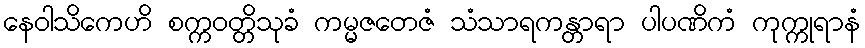
နေဝါသိကေဟိ စက္ကဝတ္တိသုခံ ကမ္မဇတေဇံ သံသာရကန္တာရာ ပါပဏိကံ ကုက္ကုရာနံ